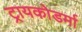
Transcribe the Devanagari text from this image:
ट्रायकोडर्मा